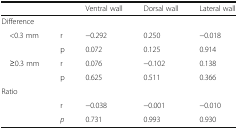
<table><thead><tr><td></td><td></td><td><b>Ventral wall</b></td><td><b>Dorsal wall</b></td><td><b>Lateral wall</b></td></tr></thead><tbody><tr><td colspan="5">Difference</td></tr><tr><td> &lt;0.3 mm</td><td>r</td><td>−0.292</td><td>0.250</td><td>−0.018</td></tr><tr><td></td><td>p</td><td>0.072</td><td>0.125</td><td>0.914</td></tr><tr><td> ≥0.3 mm</td><td>r</td><td>0.076</td><td>−0.102</td><td>0.138</td></tr><tr><td></td><td>p</td><td>0.625</td><td>0.511</td><td>0.366</td></tr><tr><td colspan="5">Ratio</td></tr><tr><td></td><td>r</td><td>−0.038</td><td>−0.001</td><td>−0.010</td></tr><tr><td></td><td><i>p</i></td><td>0.731</td><td>0.993</td><td>0.930</td></tr></tbody></table>